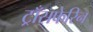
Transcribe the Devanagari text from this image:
ट्राँसफेरिन